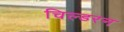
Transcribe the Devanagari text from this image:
चिल्डरन